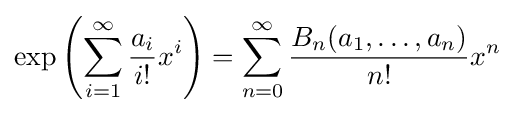
\exp \left(\sum _{i=1}^{\infty }{a_{i} \over i!}x^{i}\right)=\sum _{n=0}^{\infty }{B_{n}(a_{1},\dots ,a_{n}) \over n!}x^{n}